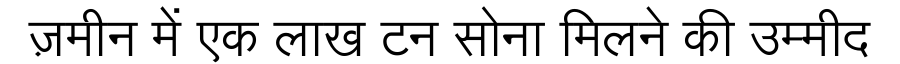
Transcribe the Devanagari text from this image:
ज़मीन में एक लाख टन सोना मिलने की उम्मीद